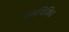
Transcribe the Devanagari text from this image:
अनयिमित